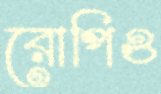
রোপিও